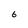
Character: 6